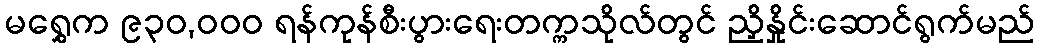
မရွှေက ၉၃၀,ဝဝဝ ရန်ကုန်စီးပွားရေးတက္ကသိုလ်တွင် ညှိနှိုင်းဆောင်ရွက်မည်